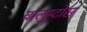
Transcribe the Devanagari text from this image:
कलुप्टोस